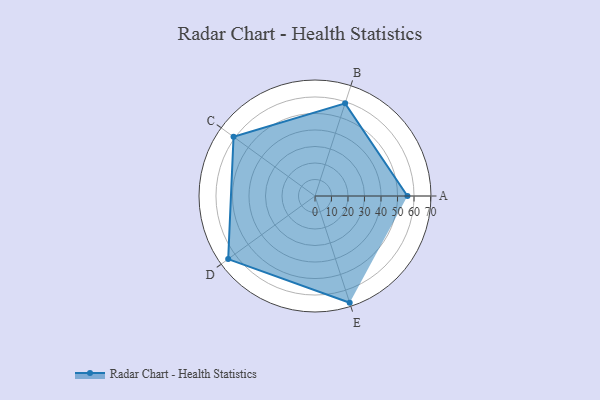
{"axis": {"x": "Skill", "y": "Score"}, "legend": ["Profile"], "data": [{"x": "A", "y": 56.0, "type": "Profile"}, {"x": "B", "y": 59.0, "type": "Profile"}, {"x": "C", "y": 61.0, "type": "Profile"}, {"x": "D", "y": 65.0, "type": "Profile"}, {"x": "E", "y": 68.0, "type": "Profile"}]}